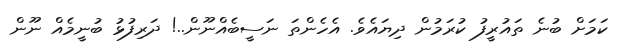
ކަމަށް ބުނެ ތައުރީފު ކުރަމުން ދިޔައެވެ. އެހެންތަ ނަސީބެއްނޫން..! ދަރިފުޅު ބުނީމެއް ނޫން